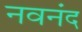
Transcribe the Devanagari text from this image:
नवनंद